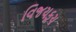
વિજયકૂચ